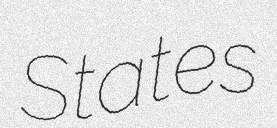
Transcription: States